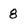
Character: 8